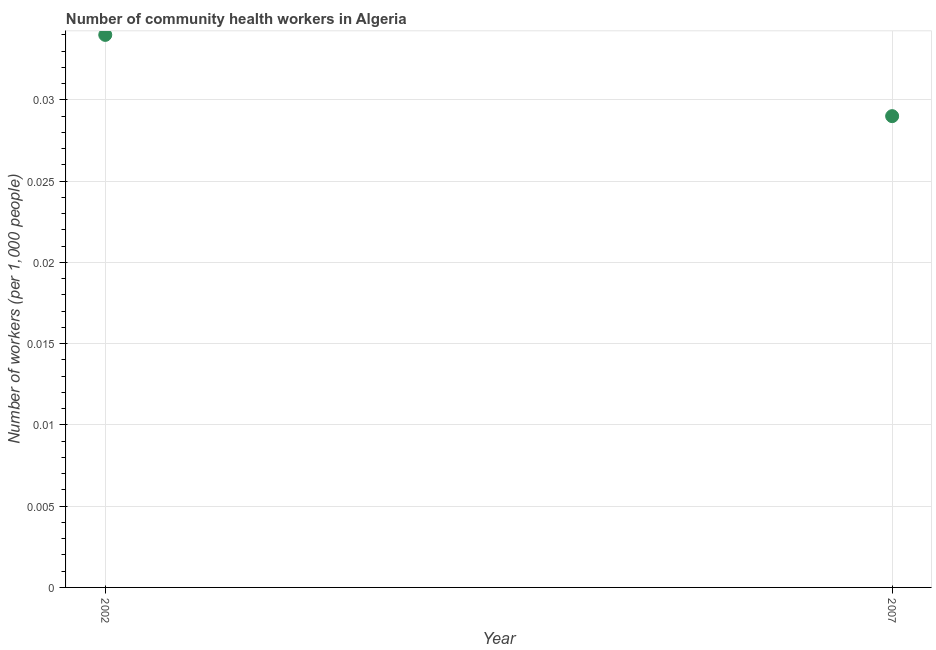
| Year | Community health workers |
 | --- | --- |
 | 2002 | 0.034 |
 | 2007 | 0.029 |